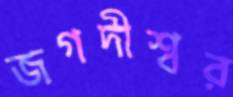
জগদীশ্বর